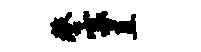
鏊寡直